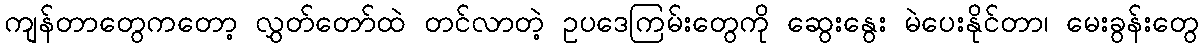
ကျန်တာတွေကတော့ လွှတ်တော်ထဲ တင်လာတဲ့ ဥပဒေကြမ်းတွေကို ဆွေးနွေး မဲပေးနိုင်တာ၊ မေးခွန်းတွေ